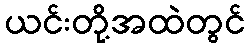
ယင်းတို့အထဲတွင်